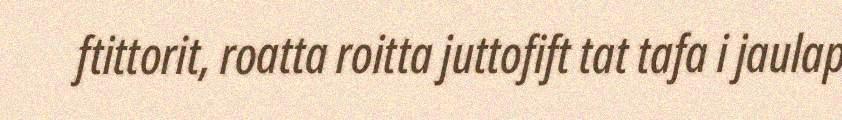
ftittorit, roatta roitta juttofift tat tafa i jaulap